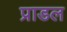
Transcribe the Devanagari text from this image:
प्राडल